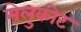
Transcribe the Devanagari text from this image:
मेलुकोट